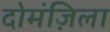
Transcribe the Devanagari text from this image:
दोमंज़िला